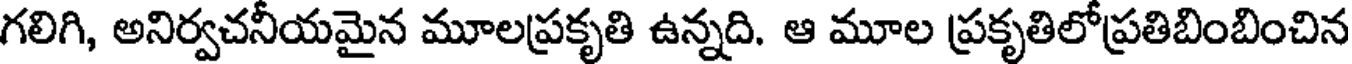
గలిగి, అనిర్వచనీయమైన మూలప్రకృతి ఉన్నది. ఆ మూల ప్రకృతిలోప్రతిబింబించిన